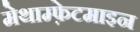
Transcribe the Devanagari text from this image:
मेथाम्फ़ेटमाइन